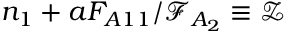
n _ { 1 } + a F _ { A 1 1 } / \mathcal { F } _ { A _ { 2 } } \equiv \mathcal { Z }